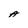
Character: A